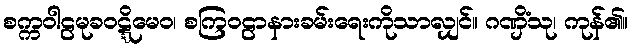
စက္ကဝါဠမုခဝဋ္ဋိမေဝ၊ စကြဝဠာနားခမ်းရေးကိုသာလျှင်။ ဂဏှိံသု၊ ကုန်၏။